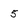
Character: 5